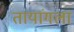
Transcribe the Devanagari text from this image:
तायांगला